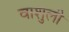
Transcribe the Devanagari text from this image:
वाशुली